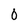
Character: 0